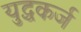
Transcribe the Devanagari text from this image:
युद्धकर्ज